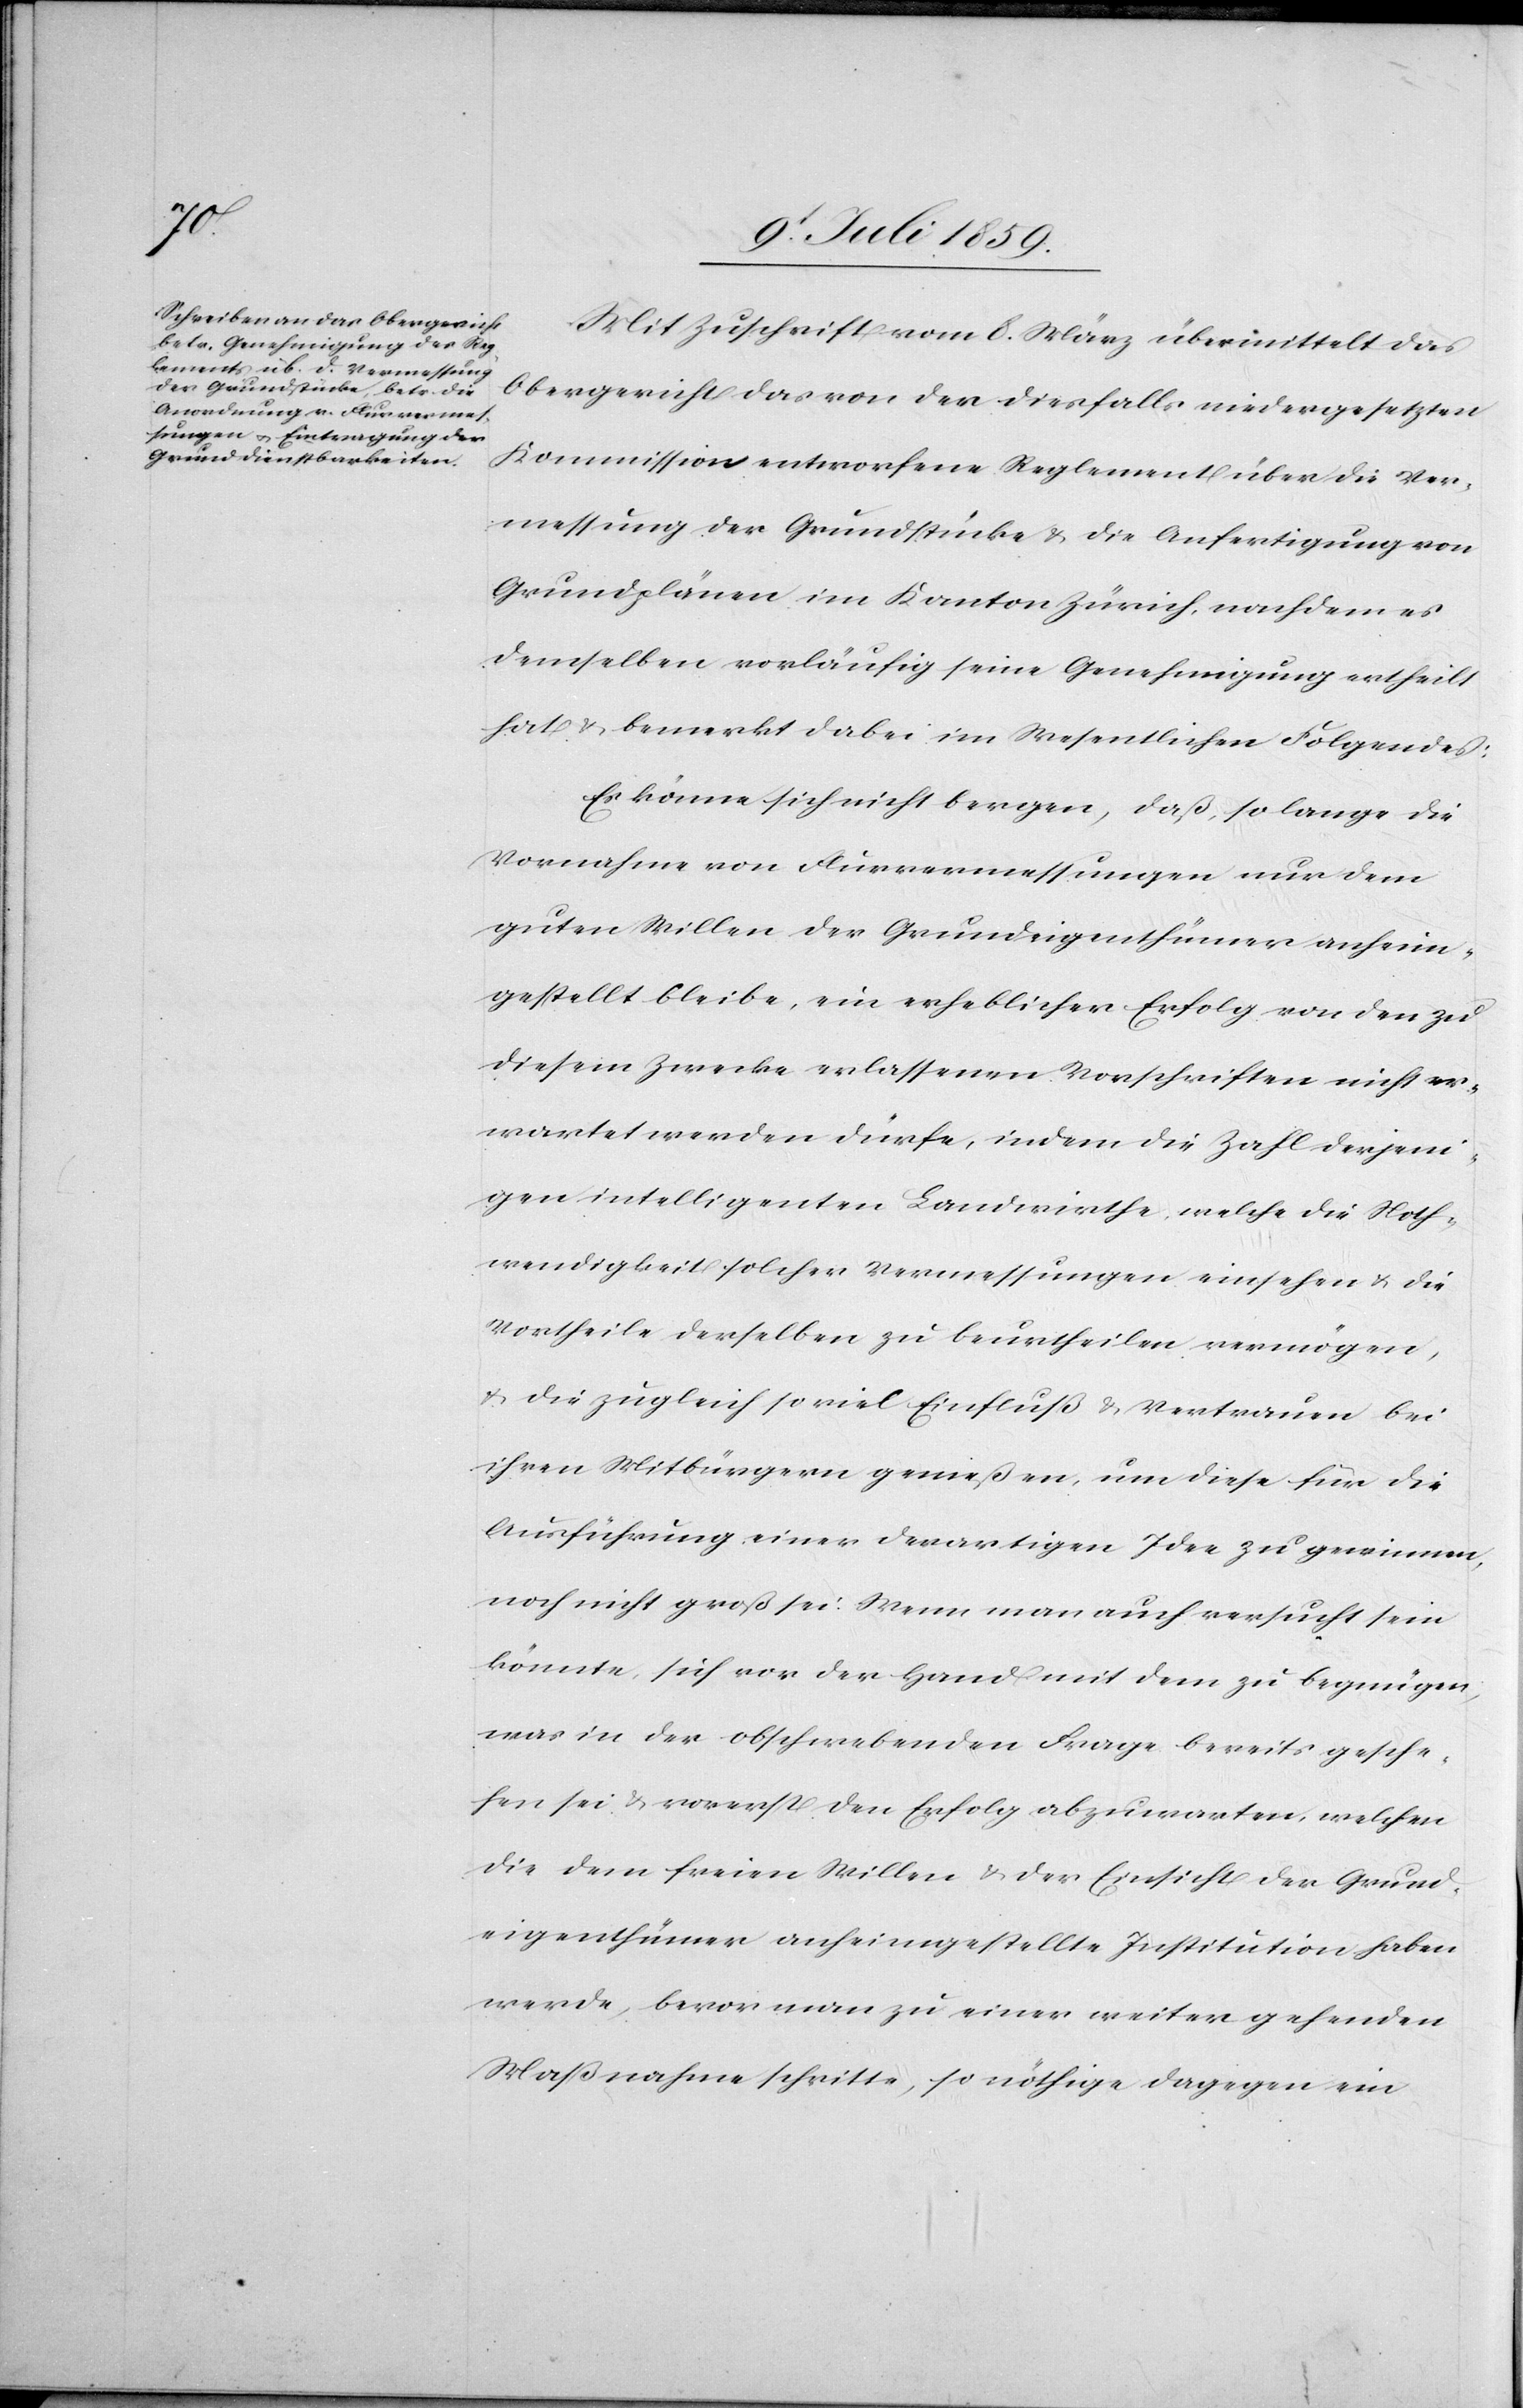
Mit Zuschrift vom 8. März übermittelt das
Obergericht das von der diesfalls niedergesetzten
Kommission entworfene Reglement über die Ver¬
messung der Grundstücke u. die Anfertigung von
Grundplänen im Kanton Zürich, nachdem es
demselben vorläufig seine Genehmigung ertheilt
hat u. bemerkt dabei im Wesentlichen Folgendes:
Es könne sich nicht bergen, daß, so lange die
Vornahme von Flurvermessungen nur dem
guten Willen der Grundeigenthümer anheim¬
gestellt bleibe, ein erheblicher Erfolg von den zu
diesem Zwecke erlassenen Vorschriften nicht er¬
wartet werden dürfe, indem die Zahl derjeni¬
gen intelligenten Landwirthe, welche die Noth¬
wendigkeit solcher Vermessungen einsehen u. die
Vortheile derselben zu beurtheilen vermögen,
u. die zugleich so viel Einfluß u. Vertrauen bei
ihren Mitbürgern genießen, um diese für die
Ausführung einer derartigen Idee zu gewinnen,
noch nicht groß sei. Wenn man auch versucht sein
könnte, sich vor der Hand mit dem zu begnügen,
was in der obschwebenden Frage bereits gesche¬
hen sei u. vorerst den Erfolg abzuwarten, welchen
die dem freien Willen u. der Einsicht der Grund¬
eigenthümer anheimgestellte Institution haben
werde, bevor man zu einer weiter gehenden
Maßnahme schritte, so nöthige dagegen ein